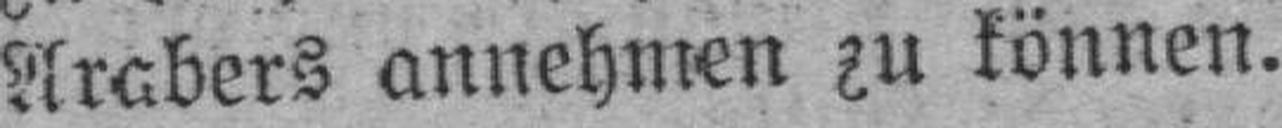
Arabers annehmen zu können.